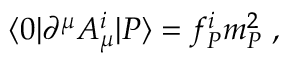
\langle 0 | \partial ^ { \mu } A _ { \mu } ^ { i } | P \rangle = f _ { P } ^ { i } m _ { P } ^ { 2 } \ ,